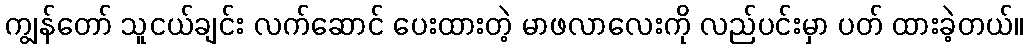
ကျွန်တော် သူငယ်ချင်း လက်ဆောင် ပေးထားတဲ့ မာဖလာလေးကို လည်ပင်းမှာ ပတ် ထားခဲ့တယ်။